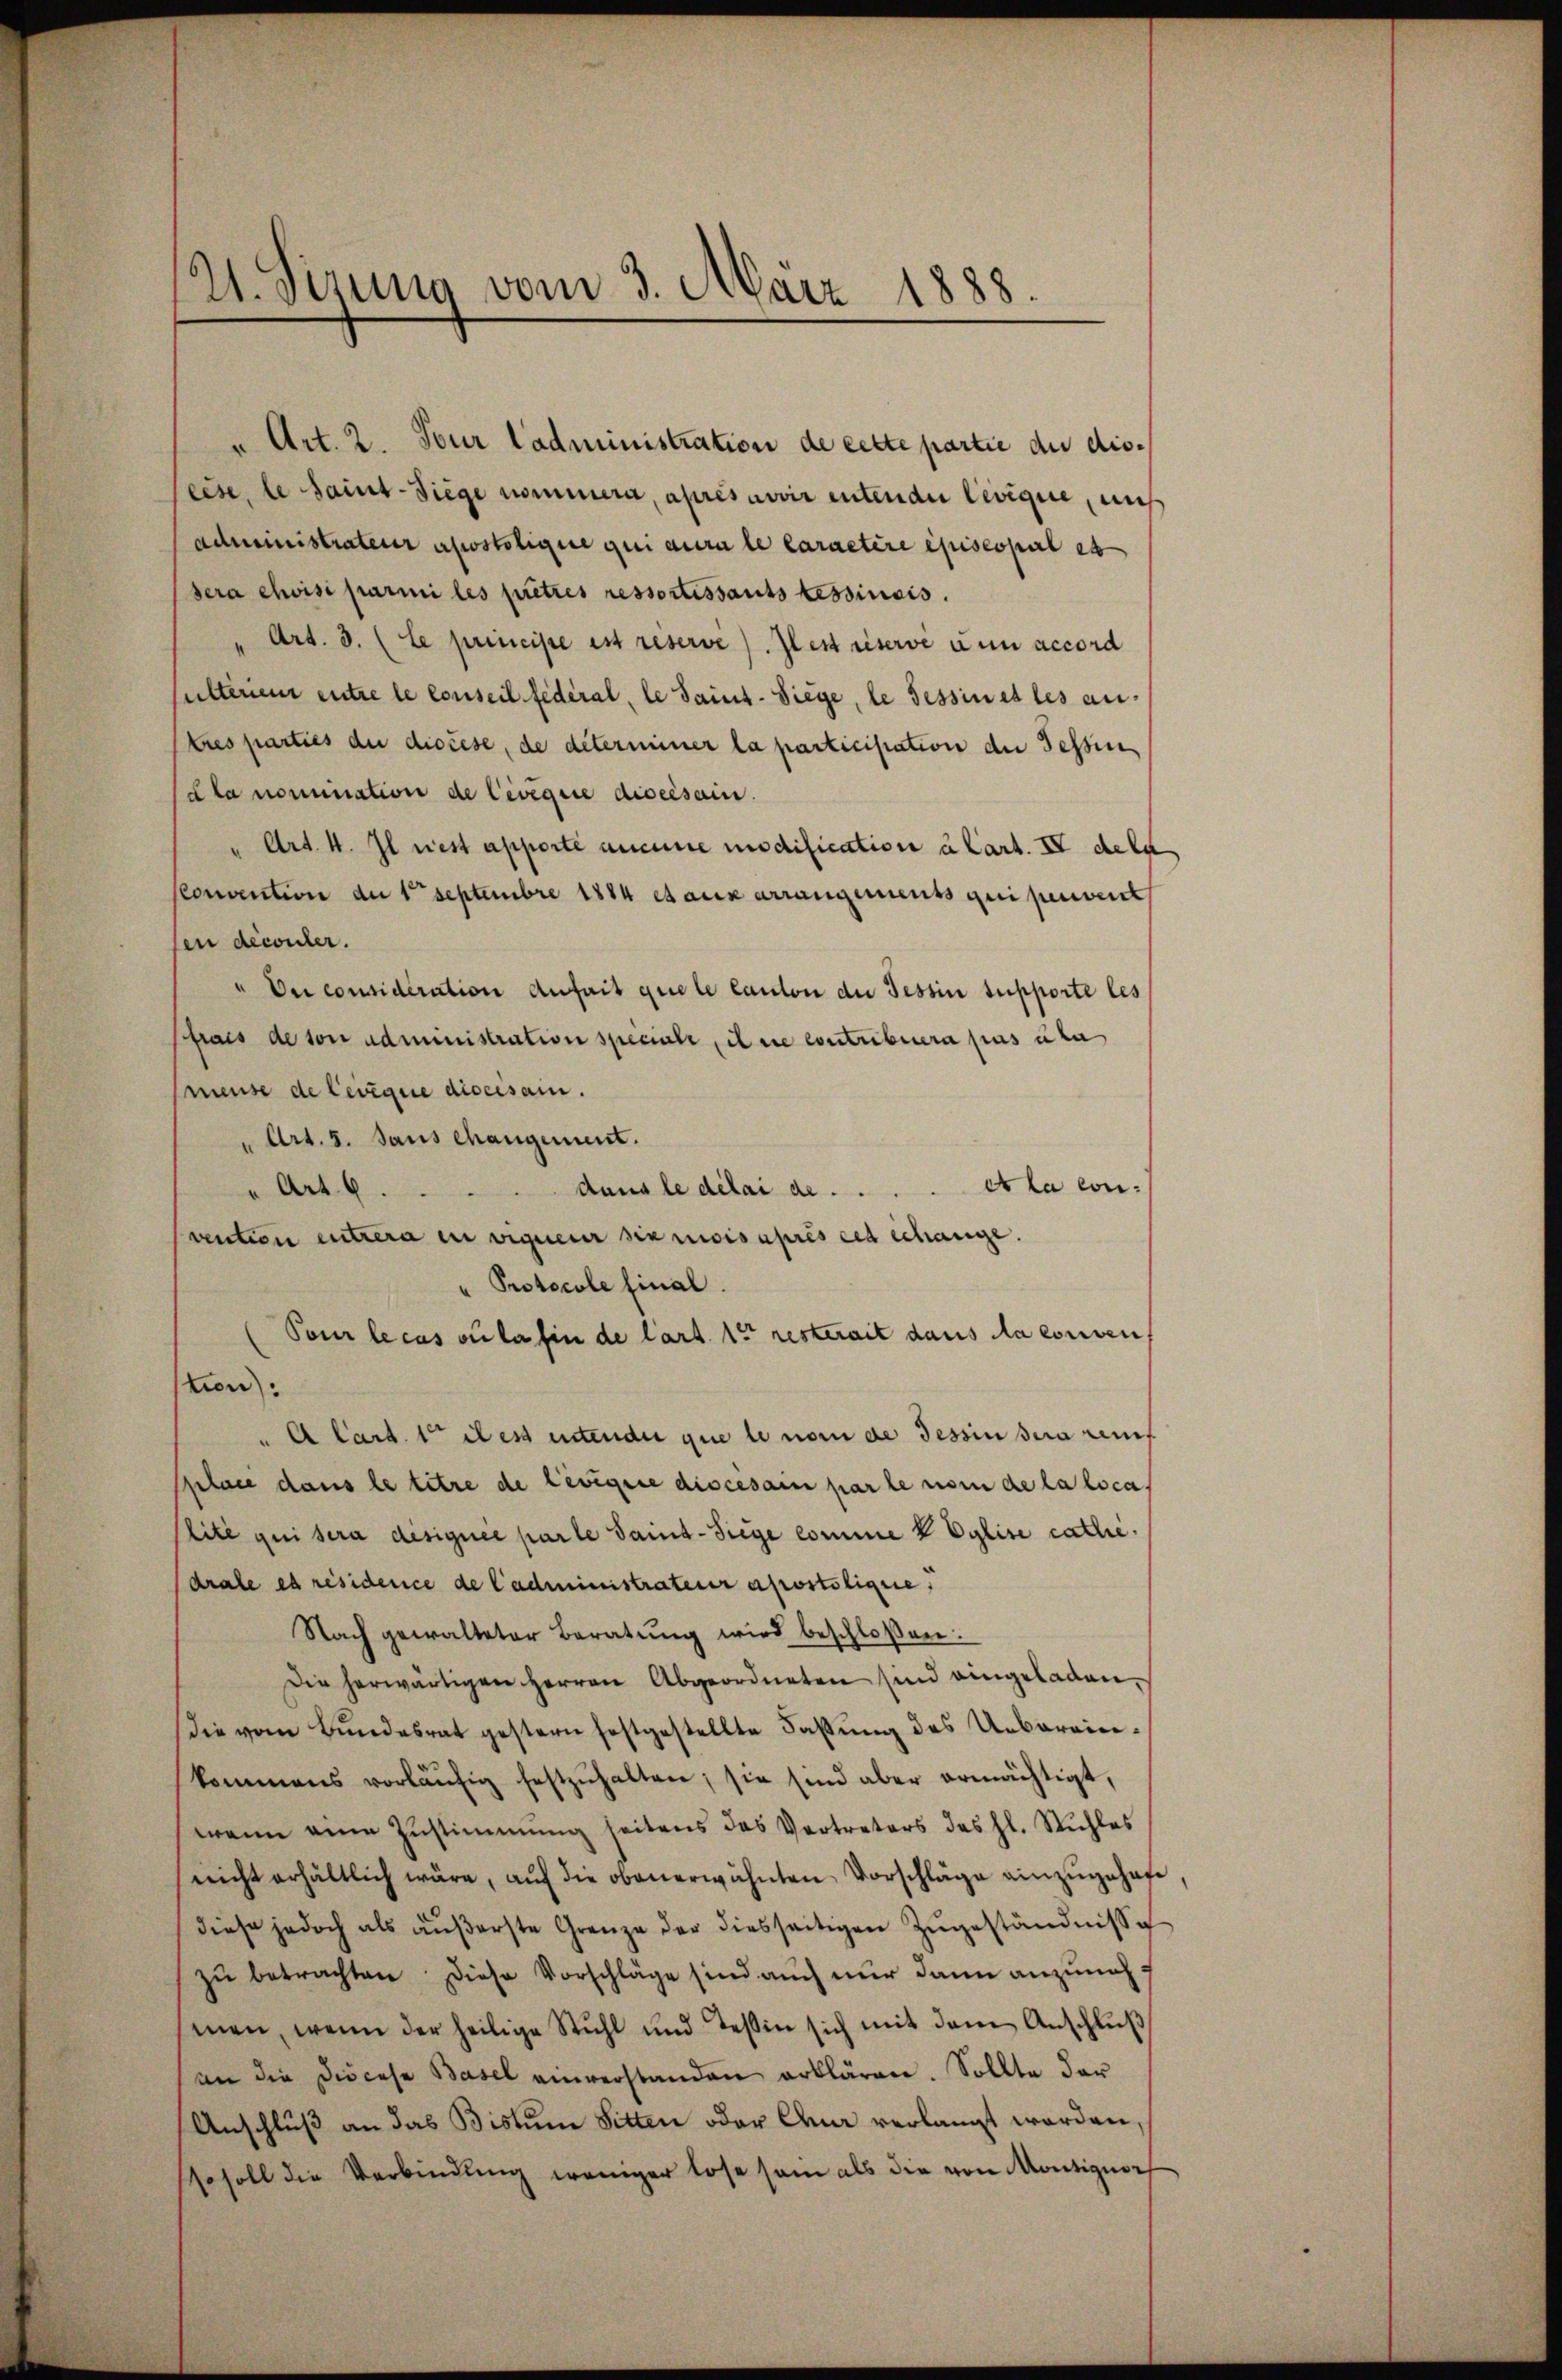
u Art. 2. Tour ladministration de cette partie du diseese, le samt-Siege nommera, après avoir enten der Levique, mus
administrateur apostolique qui aura le Caractère episcopal et
sera choisi parmi les pietris ressortissants tessinois.
" Art. 3. (le principe ist reserve). Zlest réservé aun accord
ulterien entre le conseil fédéral, le Sainz-Siege, le Tessin et les antres parties du diocese, de déterminer la participation der Tessin
(dla nomination de Civigiie disecsain
" Art. 4. Il nest apporte aucune modification à Cart. IV dela
Cconvention der 1 Septembre 1884 et aux arrangements qui pervent
sen découler.
" Dni considération Anfait quele Canton die Tessin supporte les
frais de son administration speciale, il ne contribuera pas uter
Mmeuse de ledigie diocesam.
" Art. 5. Jans changement.
" Art. 6.
dans le délai de . . . . et la con-
vention entrera in eigneur six mois après cet échange.
Protocole final.
(Pour le cas ou la fin de Cart. 15t resterait dans la conven
tion:
"A Cart. 1 il es intende que le nom de Tessin sera remis
Pplace dans le titre de levigere discesain par le nom de la loca
lite qui sera designée parte Samt-Siege comme V Eglise cathe
drale es résidence de Cadministrateur apostolique,
Nach gewalteter Beratŭng wird beschloßen:
Die herwärtigen Herren Abgeordneten sind eingeladen,
Die vom Bundesrat gestern festgestellte Fassung des Uebereinkommens vorläŭfig festzŭhalten; sie sind aber ermächtigt,
wenn eine Zŭstimmung seitens das Vertreters des hl. Stuhles
nicht erhältlich wäre, aŭf die obenerwähnten Vorschläge einzŭgehofe,
diese jedoch als äŭβerste Grenze der diesseitigen Zŭgeständnisse
zu betrachten diese Vorschläge sind auch nur dann anzunehmen, wenn der heilige Stuhl und Teßin sich mit dem Anschlŭβ
an die Diöcese Basel einverstanden erklären. Sollte dar
Anschluß an das Bistum Sitten oder Chur verlangt worden,
sso soll die Verbindung weniger lose sein als die von Montignor

2. Sizung vom 3. März 1888.